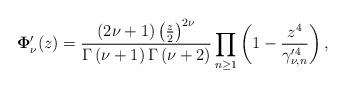
LaTeX: \begin{align*}\mathbf{\Phi }_{{\nu }}^{\prime }(z)=\frac{(2{\nu }+1)\left( \frac{z}{2}\right) ^{2{\nu }}}{\Gamma \left( {\nu }+1\right) \Gamma \left( {\nu }+2\right) }\prod_{n\geq1}\left( 1-\frac{z^{4}}{\gamma _{{\nu },n}^{\prime 4}}\right) , \end{align*}